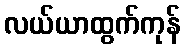
လယ်ယာထွက်ကုန်